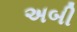
અબી